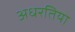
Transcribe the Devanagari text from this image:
अधरतिया